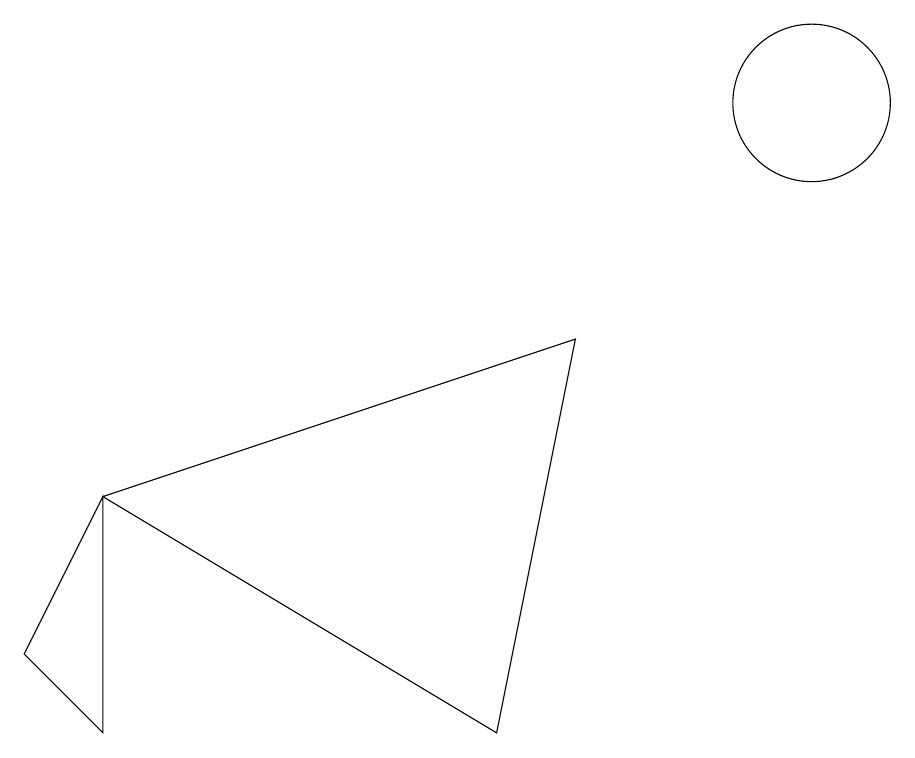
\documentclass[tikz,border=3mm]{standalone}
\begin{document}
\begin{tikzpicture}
\draw (10,10) circle (1);
\draw (1,2) -- (1,5) -- (0,3) -- cycle;
\draw (10,11) circle (0);
\draw (1,5) -- (7,7) -- (6,2) -- cycle;
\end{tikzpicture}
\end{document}